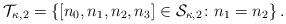
LaTeX: \begin{align*}\mathcal T_{\kappa,2} = \left \{ [n_0,n_1,n_2,n_3]\in \mathcal S_{\kappa,2}\colon n_1= n_2\right \}.\end{align*}